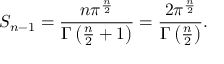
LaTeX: S _ { n - 1 } = { \frac { n \pi ^ { \frac { n } { 2 } } } { \Gamma \left( { \frac { n } { 2 } } + 1 \right) } } = { \frac { 2 \pi ^ { \frac { n } { 2 } } } { \Gamma \left( { \frac { n } { 2 } } \right) } } .